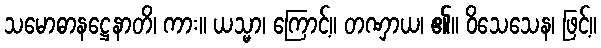
သမောဓာနဋ္ဌေနာတိ၊ ကား။ ယသ္မာ၊ ကြောင့်။ တဏှာယ၊ ၏။ ဝိသေသေန၊ ဖြင့်။